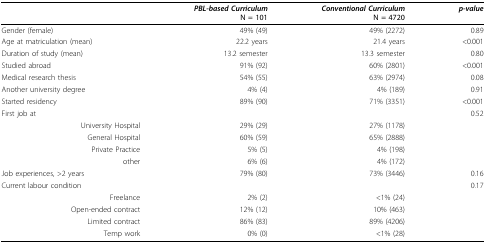
<table><thead><tr><td></td><td><b><i>PBL-based Curriculum</i></b></td><td><b><i>Conventional Curriculum</i></b></td><td><b><i>p-value</i></b></td></tr><tr><td></td><td><b>N = 101</b></td><td><b>N = 4720</b></td><td></td></tr></thead><tbody><tr><td>Gender (female)</td><td>49% (49)</td><td>49% (2272)</td><td>0.89</td></tr><tr><td>Age at matriculation (mean)</td><td>22.2 years</td><td>21.4 years</td><td>&lt;0.001</td></tr><tr><td>Duration of study (mean)</td><td>13.2 semester</td><td>13.3 semester</td><td>0.80</td></tr><tr><td>Studied abroad</td><td>91% (92)</td><td>60% (2801)</td><td>&lt;0.001</td></tr><tr><td>Medical research thesis</td><td>54% (55)</td><td>63% (2974)</td><td>0.08</td></tr><tr><td>Another university degree</td><td>4% (4)</td><td>4% (189)</td><td>0.91</td></tr><tr><td>Started residency</td><td>89% (90)</td><td>71% (3351)</td><td>&lt;0.001</td></tr><tr><td>First job at</td><td></td><td></td><td>0.52</td></tr><tr><td>University Hospital</td><td>29% (29)</td><td>27% (1178)</td><td></td></tr><tr><td>General Hospital</td><td>60% (59)</td><td>65% (2888)</td><td></td></tr><tr><td>Private Practice</td><td>5% (5)</td><td>4% (198)</td><td></td></tr><tr><td>other</td><td>6% (6)</td><td>4% (172)</td><td></td></tr><tr><td>Job experiences, &gt;2 years</td><td>79% (80)</td><td>73% (3446)</td><td>0.16</td></tr><tr><td>Current labour condition</td><td></td><td></td><td>0.17</td></tr><tr><td>Freelance</td><td>2% (2)</td><td>&lt;1% (24)</td><td></td></tr><tr><td>Open-ended contract</td><td>12% (12)</td><td>10% (463)</td><td></td></tr><tr><td>Limited contract</td><td>86% (83)</td><td>89% (4206)</td><td></td></tr><tr><td>Temp work</td><td>0% (0)</td><td>&lt;1% (28)</td><td></td></tr></tbody></table>